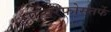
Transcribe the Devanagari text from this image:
एअरफोर्सतर्फे